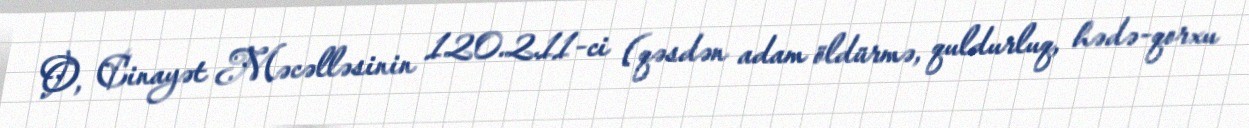
O, Cinayət Məcəlləsinin 120.2.11-ci (qəsdən adam öldürmə, quldurluq, hədə-qorxu